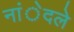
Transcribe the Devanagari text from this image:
नांेदले